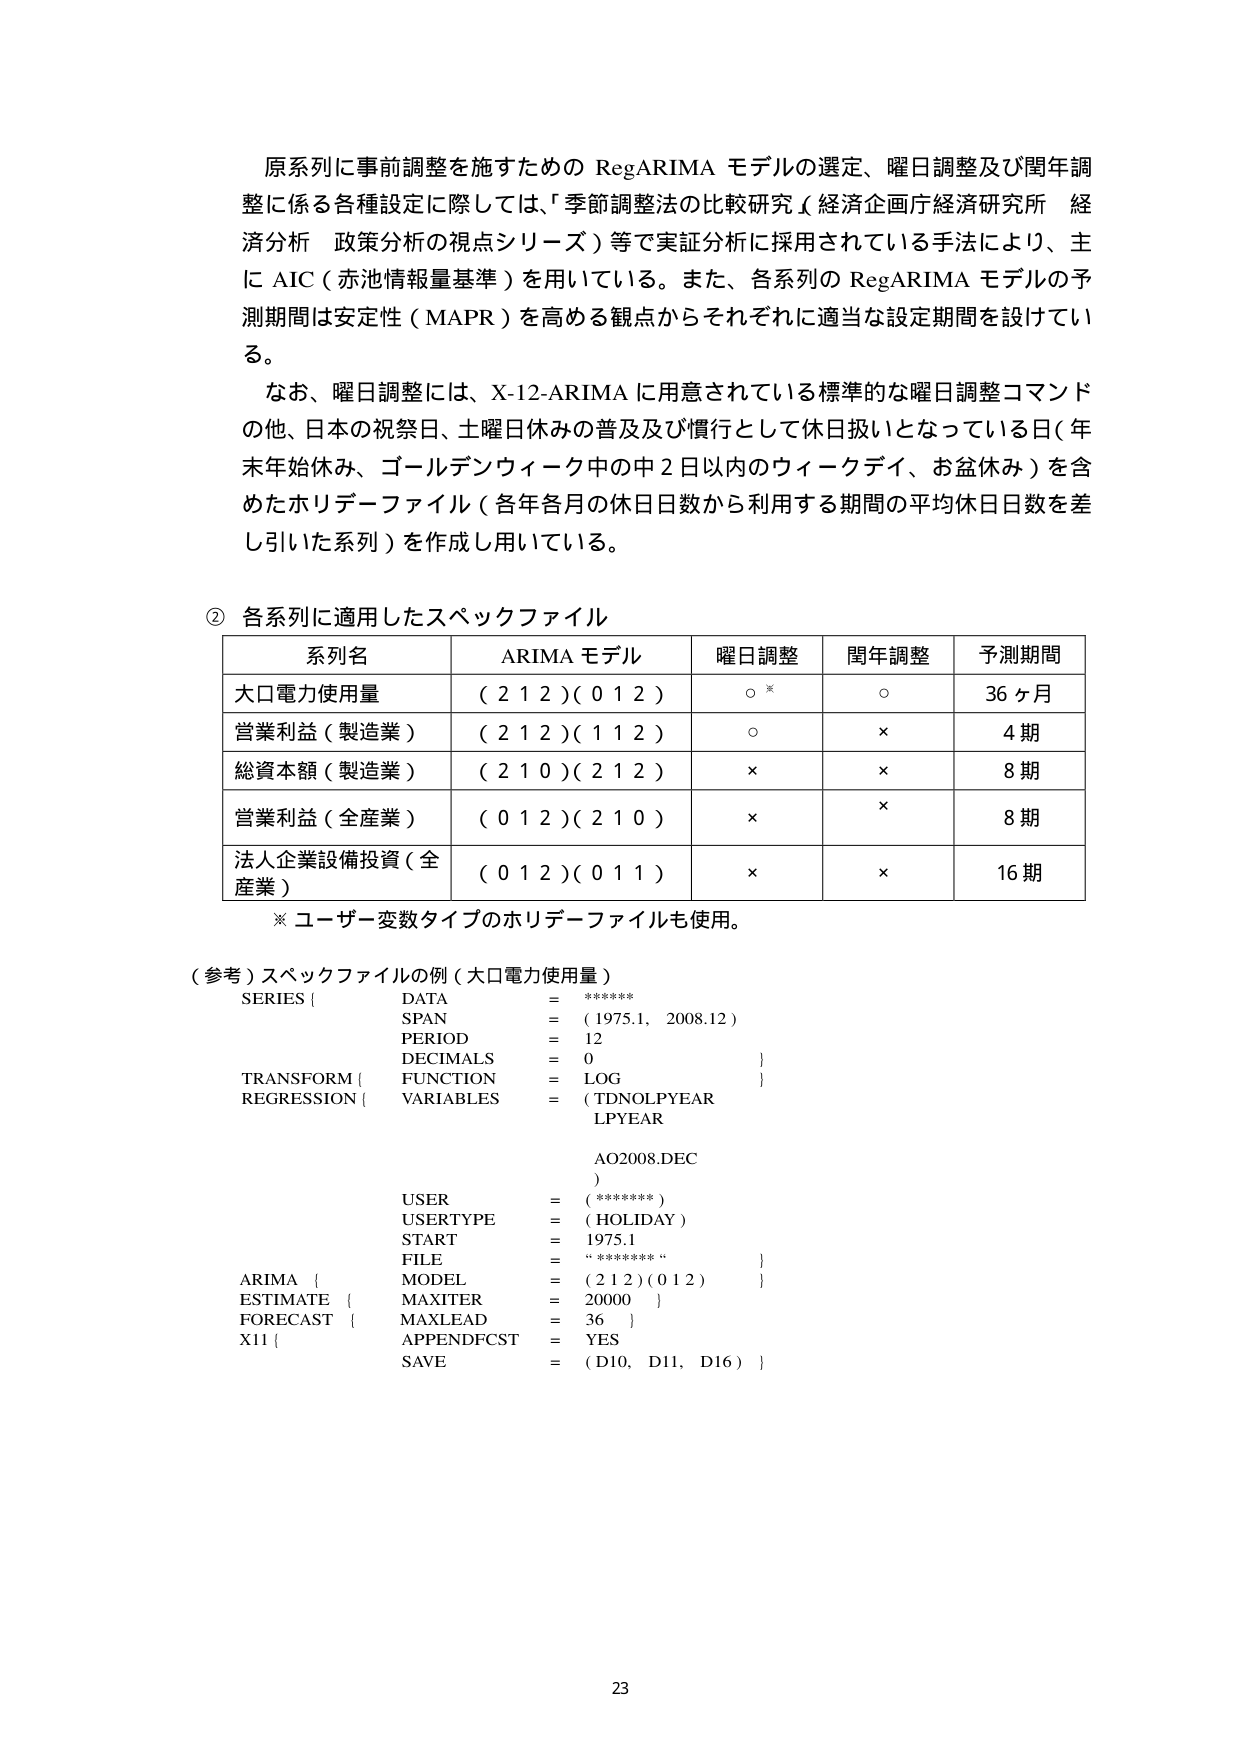
原系列に事前調整を施すための RegARIMA モデルの選定、曜日調整及び閏年調整に係る各種設定に際しては、「季節調整法の比較研究（経済企画庁経済研究所 経済分析 政策分析の視点シリーズ）等で実証分析に採用されている手法により、主に AIC（赤池情報量基準）を用いている。また、各系列の RegARIMA モデルの予測期間は安定性（MAPR）を高める観点からそれぞれに適当な設定期間を設けている。

なお、曜日調整には、X-12-ARIMA に用意されている標準的な曜日調整コマンドの他、日本の祝祭日、土曜日休みの普及及び慣行として休日扱いとなっている日（年末年始休み、ゴールデンウィークの中2日以内のウィークデイ、お盆休み）を含めたホリデーファイル（各年各月の休日日数から利用する期間の平均休日日数を差し引いた系列）を作成し用いている。

② 各系列に適用したスペックファイル

| 系列名 | ARIMA モデル | 曜日調整 | 閏年調整 | 予測期間 |
|--------|--------------|----------|----------|----------|
| 大口電力使用量 | ( 2 1 2 )( 0 1 2 ) | ○※ | ○ | 36ヶ月 |
| 営業利益（製造業） | ( 2 1 2 )( 1 1 2 ) | ○ | × | 4期 |
| 総資本額（製造業） | ( 2 1 0 )( 2 1 2 ) | × | × | 8期 |
| 営業利益（全産業） | ( 0 1 2 )( 2 1 0 ) | × | × | 8期 |
| 法人企業設備投資（全産業） | ( 0 1 2 )( 0 1 1 ) | × | × | 16期 |

※ ユーザー変数タイプのホリデーファイルも使用。

（参考）スペックファイルの例（大口電力使用量）

SERIES {
    DATA = *******
    SPAN = ( 1975.1, 2008.12 )
    PERIOD = 12
    DECIMALS = 0
}
TRANSFORM {
    FUNCTION = LOG
}
REGRESSION {
    VARIABLES = ( TDNOLPYEAR
                  LPYEAR
                  AO2008.DEC )
    USER = ( ******* )
    USERTYPE = ( HOLIDAY )
    START = 1975.1
    FILE = "*******"
}
ARIMA {
    MODEL = ( 2 1 2 )( 0 1 2 )
}
ESTIMATE {
    MAXITER = 20000
}
FORECAST {
    MAXLEAD = 36
}
X11 {
    APPENDFCST = YES
    SAVE = ( D10, D11, D16 )
}

23